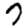
Digit: 7